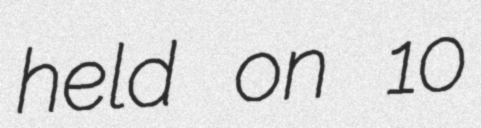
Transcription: held on 10